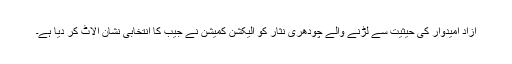
آزاد امیدوار کی حیثیت سے لڑنے والے چودھری نثار کو الیکشن کمیشن نے جیب کا انتخابی نشان الاٹ کر دیا ہے۔